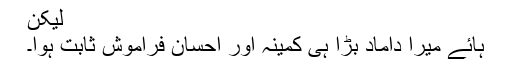
لیکن
ہائے میرا داماد بڑا ہی کمینہ اور احسان فراموش ثابت ہوا۔